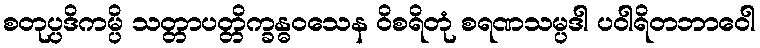
စတုပ္ပဒိကမ္ပိ သတ္တာပတ္တိက္ခန္ဓဝသေန ဝိစရိတုံ စရဏသမ္ပဒါ ပဝါရိတဘာဝေါ